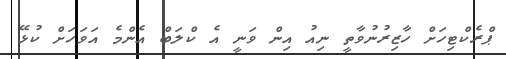
ޕްރެކްޓިހަށް ހާޒިރުނުވާތީ ނިއު އިން ވަނީ އެ ކްލަބް އެންމެ އަވަހަށް ކުޅޭ